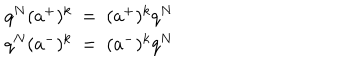
\begin{array} { c } { { q ^ { N } ( a ^ { + } ) ^ { k } ~ = ~ ( a ^ { + } ) ^ { k } q ^ { N } } } \\ { { q ^ { N } ( a ^ { - } ) ^ { k } ~ = ~ ( a ^ { - } ) ^ { k } q ^ { N } } } \\ \end{array}